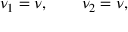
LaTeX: \nu _ { 1 } = \nu , \qquad \nu _ { 2 } = \nu ,